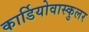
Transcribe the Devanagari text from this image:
कार्डियोवास्कुलर